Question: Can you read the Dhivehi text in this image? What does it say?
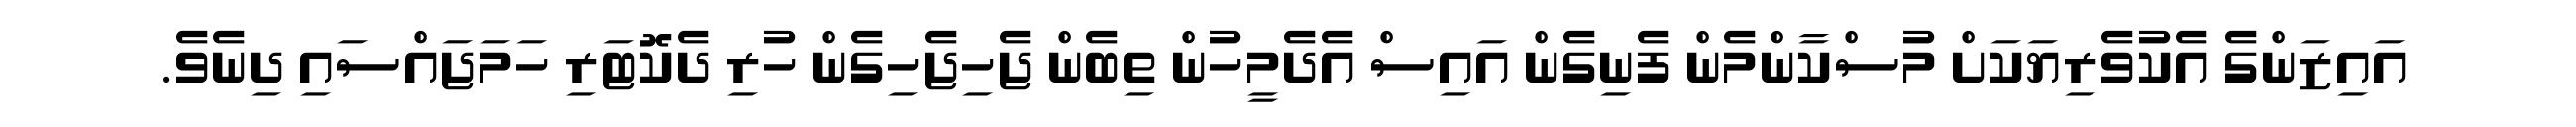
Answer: އައިޒަންގެ އެކުވެރިޔަކަށް މުސްކާންމެން ފެނިގެން އައިސް އެދެމީހުން ތިބެން ޖެހިޖެހިގެން ހުރި ދެކޮޓަރި ހަމަޖައްސައި ދިނެވެ.